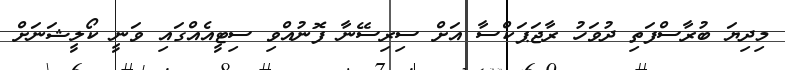
މިދިޔަ ބުރާސްފަތި ދުވަހު ރާޖަޕަކްސާ އަށް ސިރިސޭނާ ފޮނުއްވި ސިޓީއެއްގައި ވަނީ ކޯލީޝަނަށް